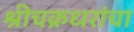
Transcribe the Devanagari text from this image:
श्रीचक्रधरांचा